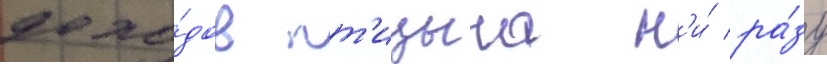
дохо́дов пт'ицына н'и́ ра́зу